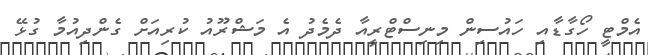
އެމްޓީ ހޯގާޑާއި ހައުސިން މިނިސްޓްރީއާ ދެމެދު އެ މަޝްރޫއު ކުރިއަށް ގެންދިއުމާ ގުޅޭ